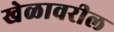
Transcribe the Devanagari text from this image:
खेळावरील